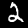
Digit: 2